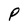
Character: P